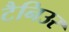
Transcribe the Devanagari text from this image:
टैनिउर